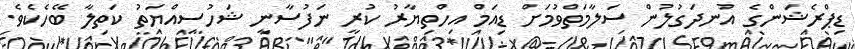
ޑިޕްރެޝަންގެ އުނދަގުލުން ސަލާމަތްވުމަށް ޑިއަމް އިހްތިޔާރު ކުރީ ނަފުސާނީ ޝަހުސިއްޔަތު ކަތިލާ ބޭހެކެވެ.